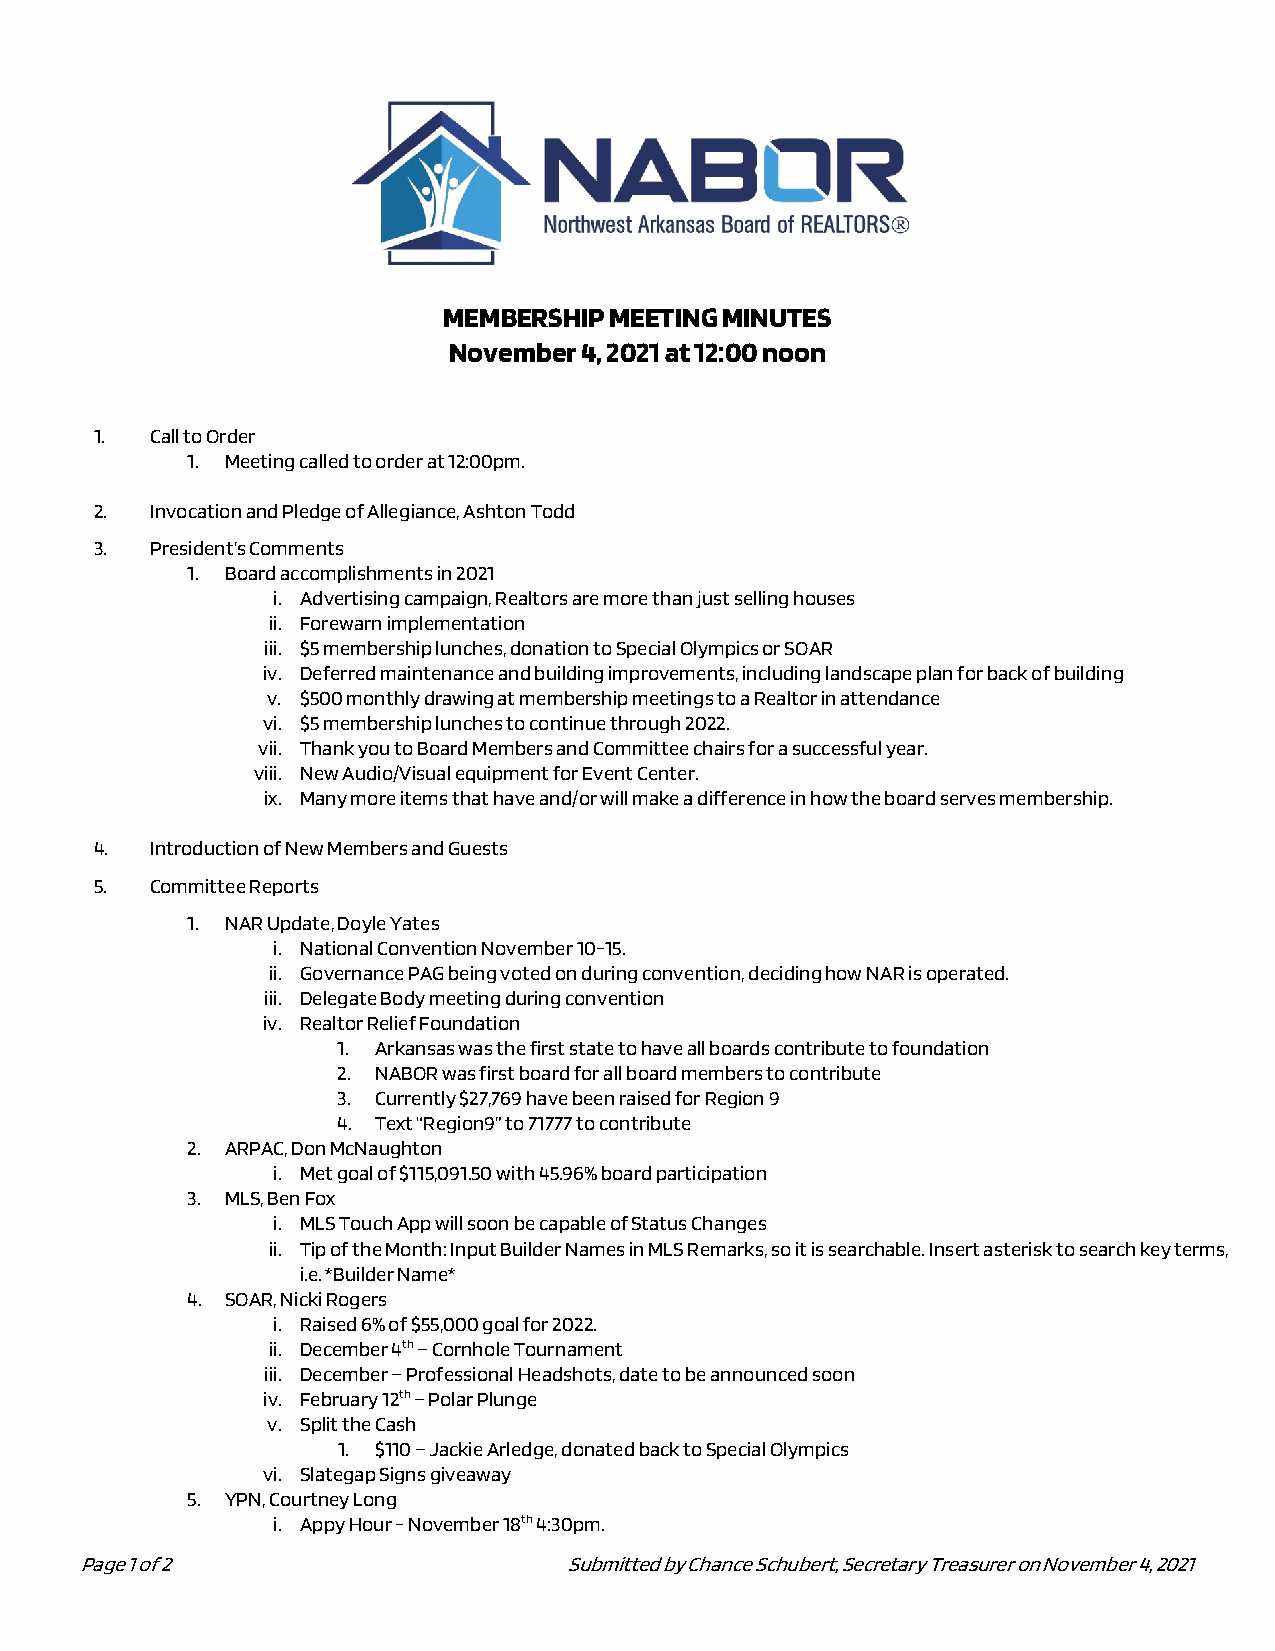
MEMBERSHIP MEETING MINUTES
 November 4, 2021 at 12:00 noon
 1.  Call to Order
 1. Meeting called to order at 12:00pm.
 2.  Invocation and Pledge of Allegiance, Ashton Todd
 3.  President’s Comments
 1. Board accomplishments in 2021
 i. Advertising campaign, Realtors are more than just selling houses
 ii. Forewarn implementation
 iii. $5 membership lunches, donation to Special Olympics or SOAR
 iv. Deferred maintenance and building improvements, including landscape plan for back of building
 v. $500 monthly drawing at membership meetings to a Realtor in attendance
 vi. $5 membership lunches to continue through 2022.
 vii. Thank you to Board Members and Committee chairs for a successful year.
 viii. New Audio/Visual equipment for Event Center.
 ix. Many more items that have and/or will make a difference in how the board serves membership.
 4.  Introduction of New Members and Guests
 5.  Committee Reports
 1. NAR Update, Doyle Yates
 i. National Convention November 10-15.
 ii. Governance PAG being voted on during convention, deciding how NAR is operated.
 iii. Delegate Body meeting during convention
 iv. Realtor Relief Foundation
 1. Arkansas was the first state to have all boards contribute to foundation
 2. NABOR was first board for all board members to contribute
 3. Currently $27,769 have been raised for Region 9
 4. Text “Region9” to 71777 to contribute
 2. ARPAC, Don McNaughton
 i. Met goal of $115,091.50 with 45.96% board participation
 3. MLS, Ben Fox
 i. MLS Touch App will soon be capable of Status Changes
 ii. Tip of the Month: Input Builder Names in MLS Remarks, so it is searchable. Insert asterisk to search key terms,
 i.e. *Builder Name*
 4. SOAR, Nicki Rogers
 i. Raised 6% of $55,000 goal for 2022.
 ii. December 4th – Cornhole Tournament
 iii. December – Professional Headshots, date to be announced soon
 iv. February 12th – Polar Plunge
 v. Split the Cash
 1. $110 – Jackie Arledge, donated back to Special Olympics
 vi. Slategap Signs giveaway
 5. YPN, Courtney Long
 i. Appy Hour - November 18th 4:30pm.
 Page 1 of 2                      Submitted by Chance Schubert, Secretary Treasurer on November 4, 2021